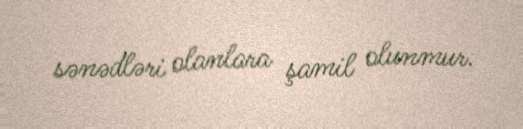
sənədləri olanlara şamil olunmur.